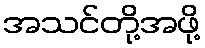
အသင်တို့အဖို့